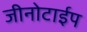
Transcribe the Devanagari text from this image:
जीनोटाईप